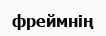
фреймнің